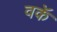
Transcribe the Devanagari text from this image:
वकॅ